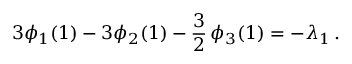
3 \phi _ { 1 } ( 1 ) - 3 \phi _ { 2 } ( 1 ) - \frac 3 2 \, \phi _ { 3 } ( 1 ) = - \lambda _ { 1 } \, .